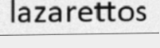
lazarettos